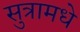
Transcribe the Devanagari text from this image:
सुत्रामधे